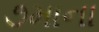
૭માના